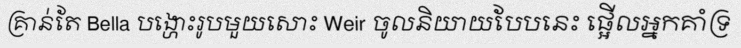
គ្រាន់តែ Bella បង្ហោះរូបមួយសោះ Weir ចូលនិយាយបែបនេះ ផ្អើលអ្នកគាំទ្រ